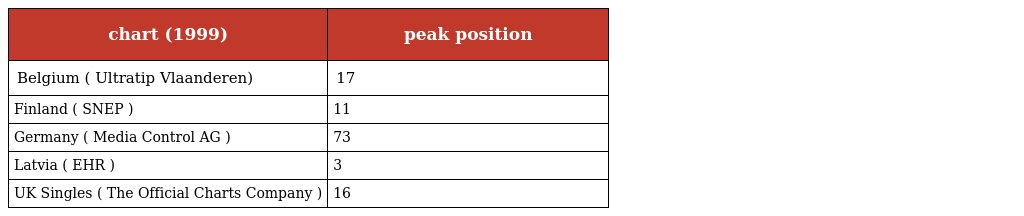
| chart (1999) | peak position |
 | --- | --- |
 | Belgium ( Ultratip Vlaanderen) | 17 |
 | Finland ( SNEP ) | 11 |
 | Germany ( Media Control AG ) | 73 |
 | Latvia ( EHR ) | 3 |
 | UK Singles ( The Official Charts Company ) | 16 |